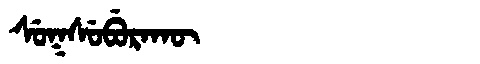
Manchu: ᠰᡠᡴᠰᡠᠪᡠᡵᠠᡴᡡ
Romanization: SUKSUBURAKŪ